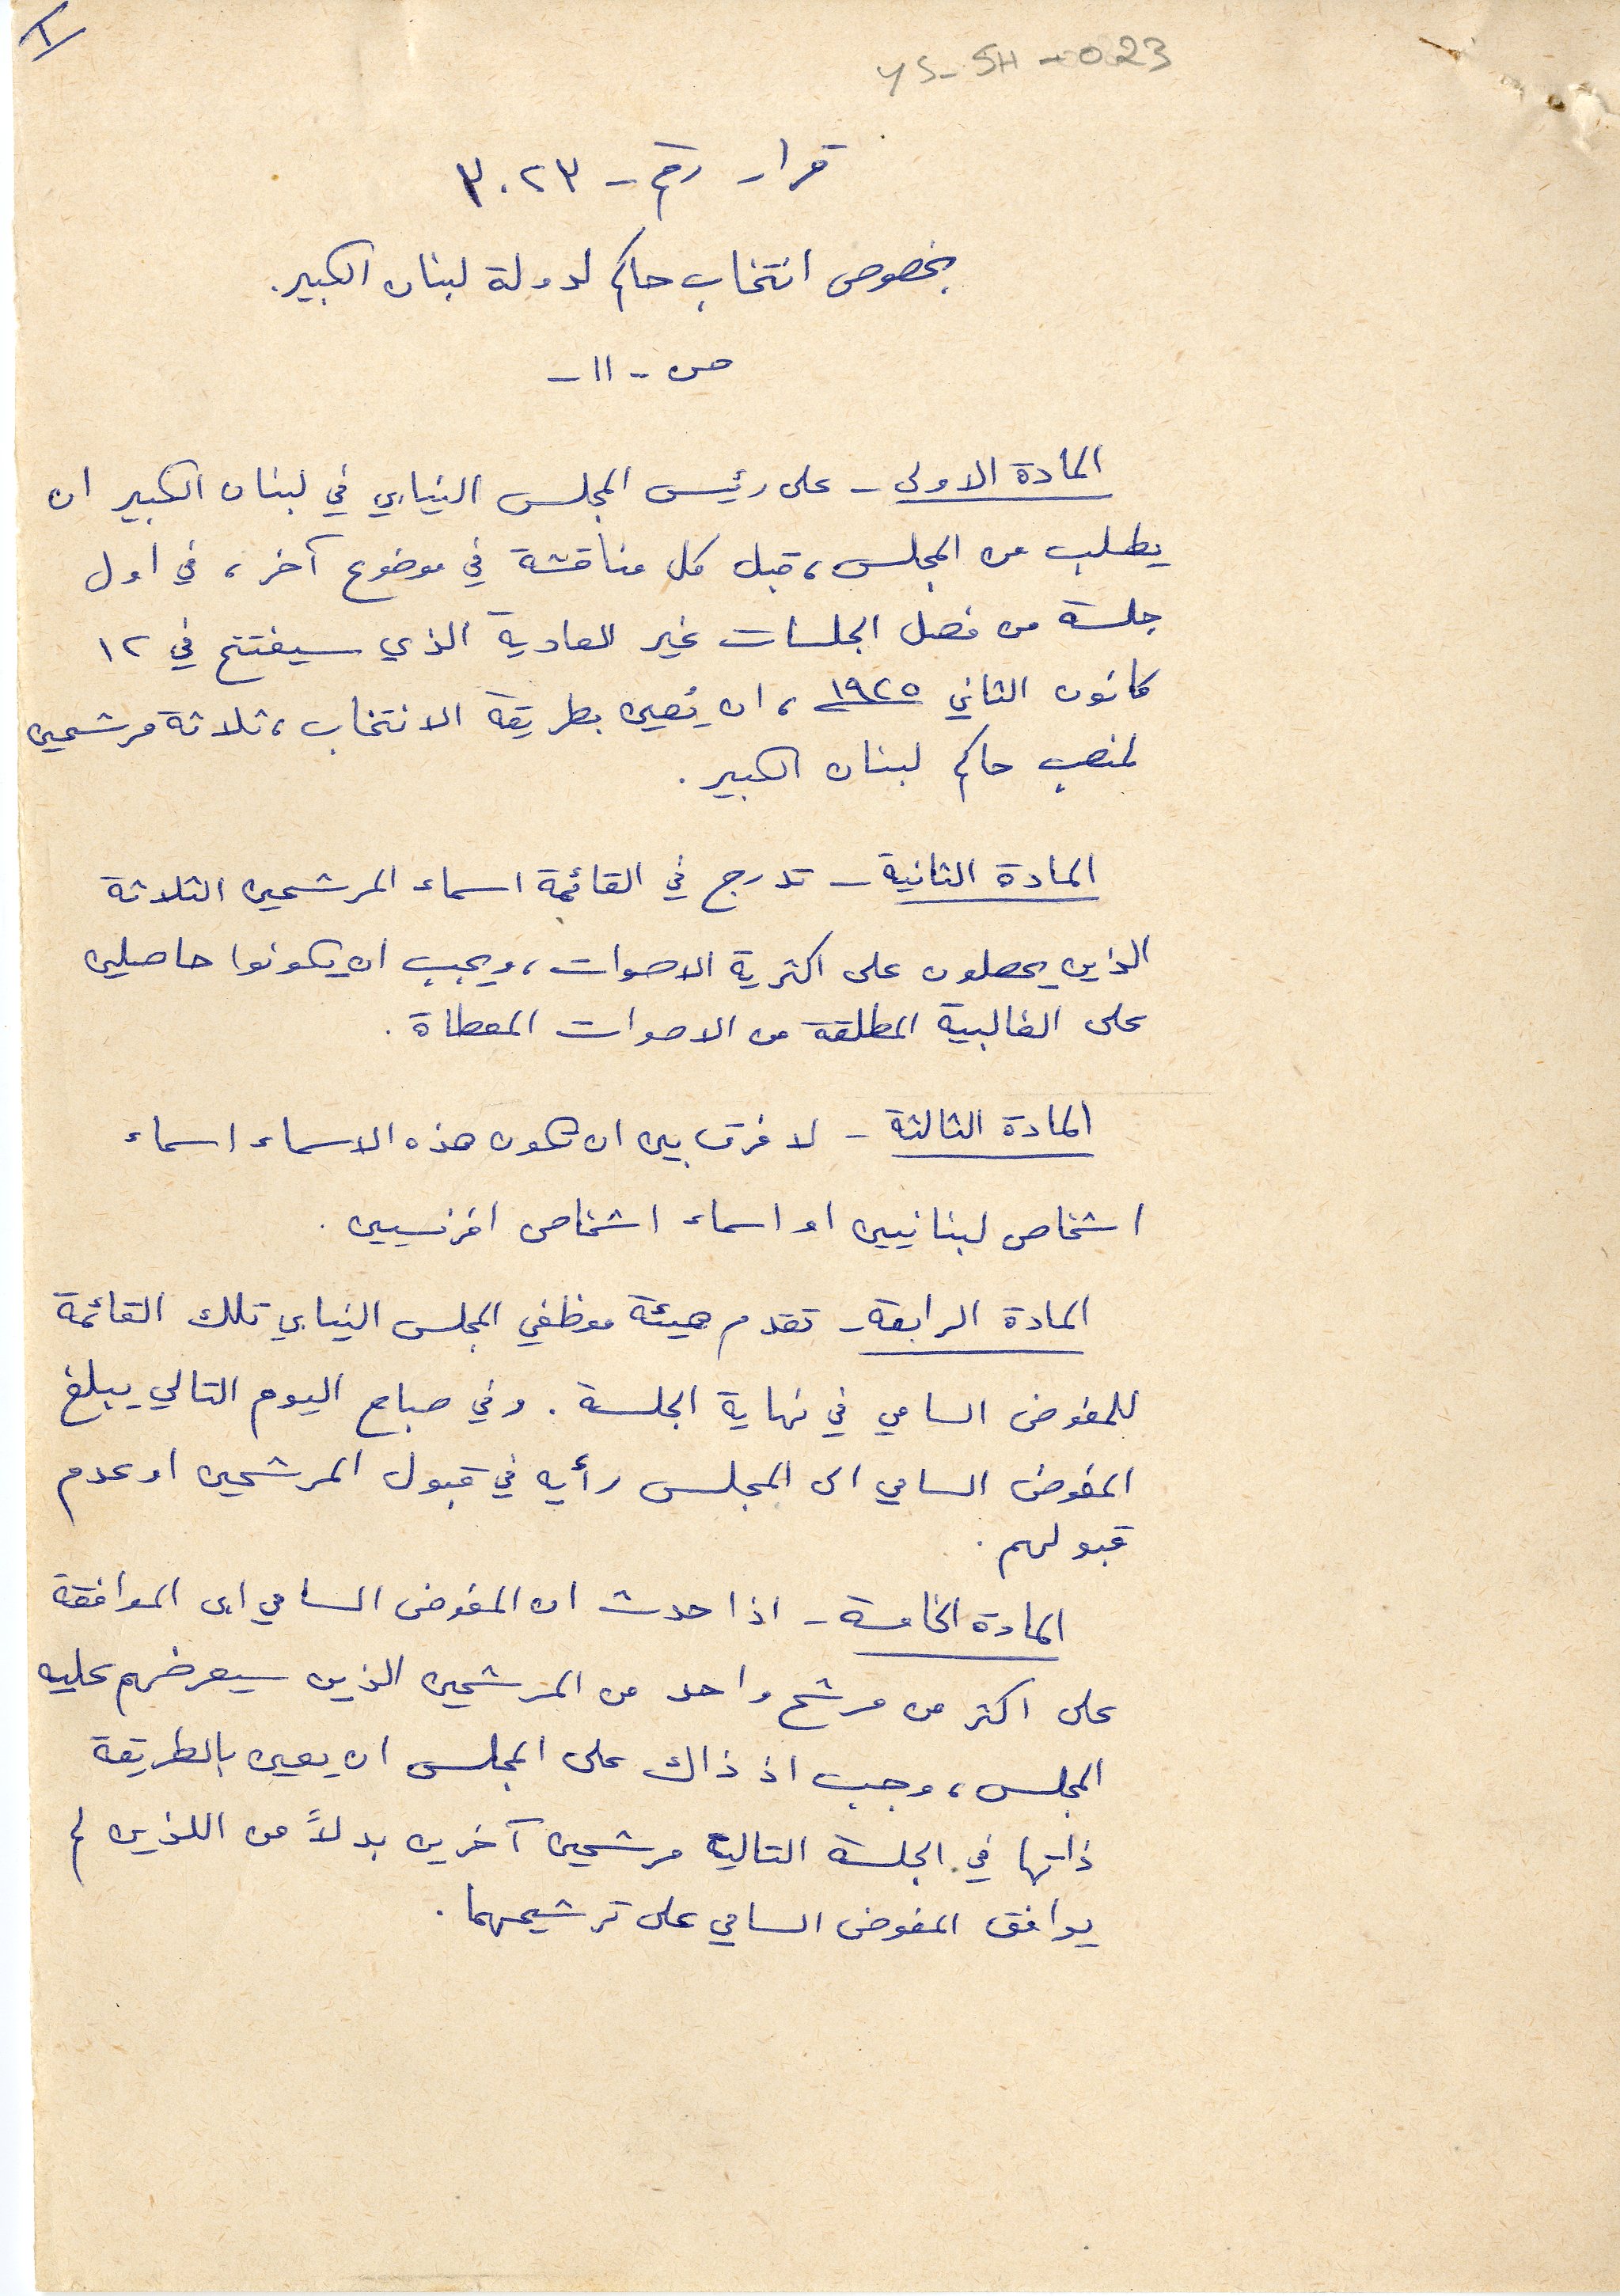
YS-5H-023
قرار رقم - ٣٠٢٣
بخصوص انتخاب حاكم لدولة لبنان الكبير.
ص - ١١ -
المادة الاولى - على رئيس المجلس النيابي في لبنان الكبير ان
يطلب من المجلس، قبل كل مناقشة في موضوع آخر، في اول
جلسة من فصل الجلسات غير العادية الذي سيفتتح في ١٢
كانون الثاني ١٩٢٥، ان يُعين بطريقة الانتخاب، ثلاثة مرشحين
لمنصب حاكم لبنان الكبير.
المادة الثانية - تدرج في القائمة اسماء المرشحين الثلاثة
الذين يحصلون على اكثرية الاصوات، ويجب ان يكونوا حاصلين
على الغالبية المطلقة من الاصوات المعطاة.
المادة الثالثة - لا فرق بين ان تكون هذه الاسماء اسماء
اشخاص لبنانيين او اسماء اشخاص افرنسيين.
المادة الرابعة - تقدم هيئة موظفي المجلس النيابي تلك القائمة
للمفوض السامي في نهاية الجلسة. وفي صباح اليوم التالي يبلغ
المفوض السامي الى المجلس رأيه في قبول المرشحين او عدم
قبولهم.
المادة الخامسة - اذا حدث ان المفوض السامي ابى الموافقة
على اكثر من مرشح واحد من المرشحين الذين سيعرضهم عليه
المجلس، وجب اذ ذاك على المجلس ان يعين بالطريقة
ذاتها في الجلسة التالية مرشحين آخرين بدلاً من اللذين لم
يوافق المفوض السامي على ترشيحهما.